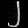
Digit: ၂